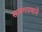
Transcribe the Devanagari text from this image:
सजगपणाने